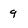
Character: 9